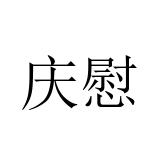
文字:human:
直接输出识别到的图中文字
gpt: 庆慰